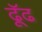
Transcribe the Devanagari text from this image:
ढूॅढ